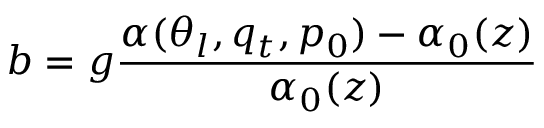
b = g \frac { \alpha ( \theta _ { l } , q _ { t } , p _ { 0 } ) - \alpha _ { 0 } ( z ) } { \alpha _ { 0 } ( z ) }